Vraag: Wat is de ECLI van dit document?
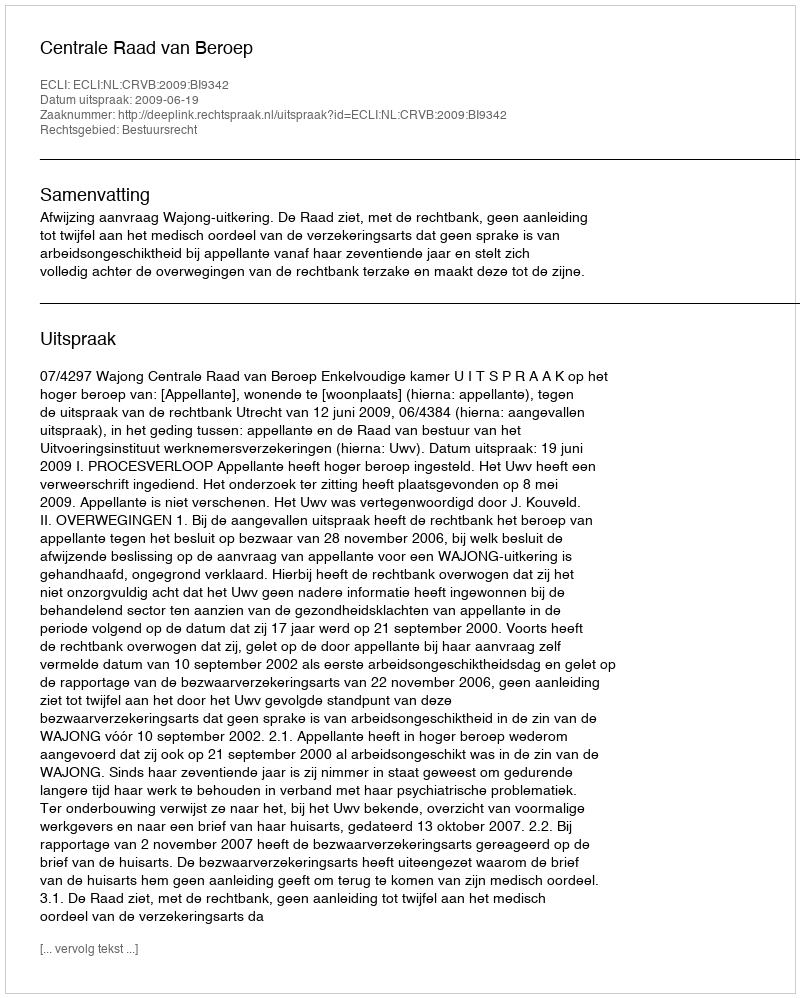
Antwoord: ECLI:NL:CRVB:2009:BI9342